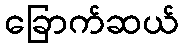
ခြောက်ဆယ်